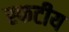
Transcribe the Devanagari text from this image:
स्फटीय